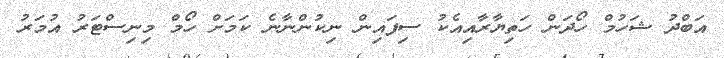
އަބްދު ޝަހުމް ހޯދަން ހަތިޔާރާއިއެކު ސިފައިން ނިކުންނާނެ ކަމަށް ހޯމް މިނިސްޓަރު އުމަރު